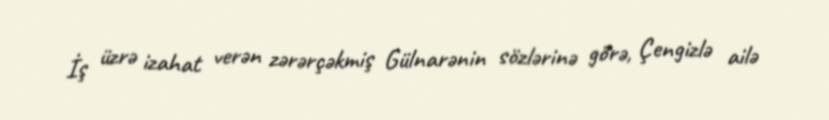
İş üzrə izahat verən zərərçəkmiş Gülnarənin sözlərinə görə, Çengizlə ailə